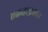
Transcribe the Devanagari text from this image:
एकतरफ़ापन